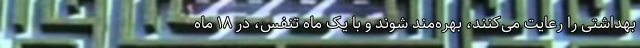
بهداشتی را رعایت می‌کنند، بهره‌مند شوند و با یک ماه تنفس، در ۱۸ ماه